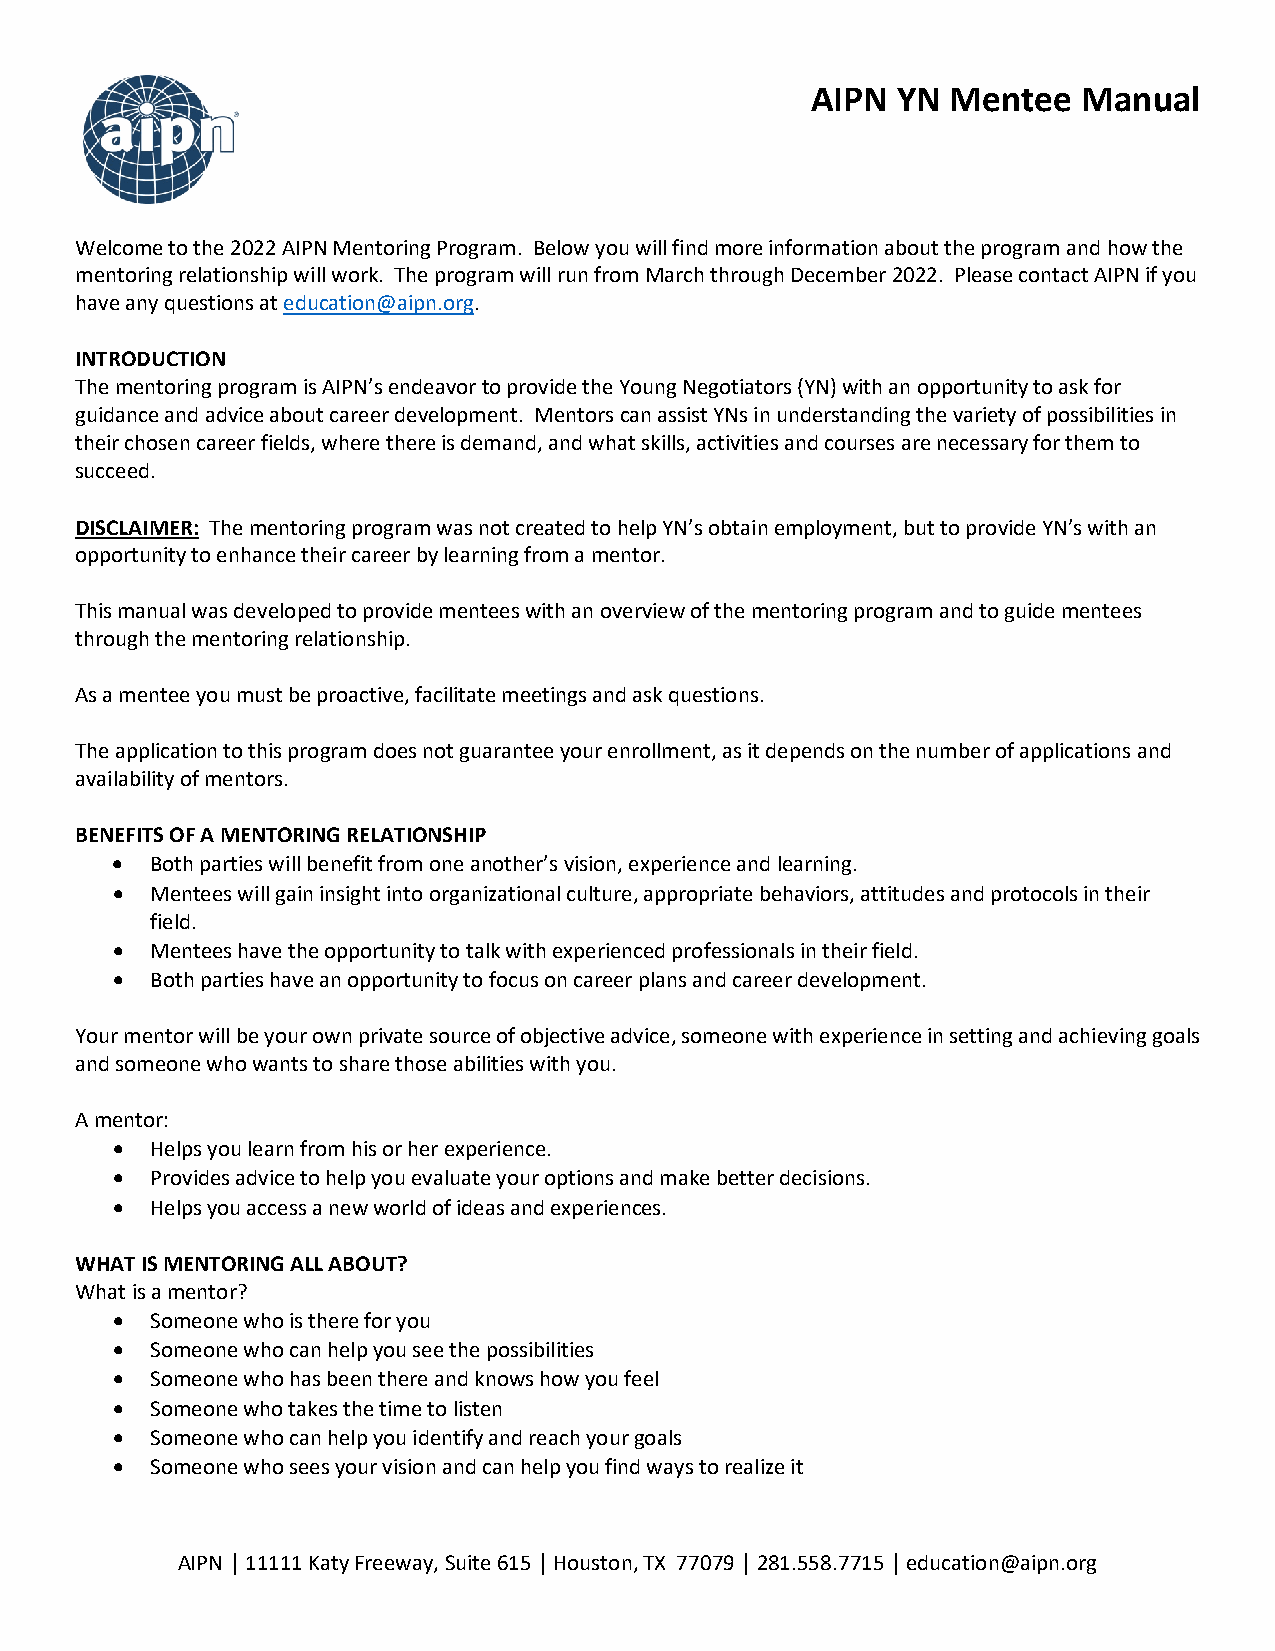
AIPN YN  Mentee   Manual
 Welcome to the 2022 AIPN Mentoring Program. Below you will find more information about the program and how the
 mentoring relationship will work. The program will run from March through December 2022. Please contact AIPN if you
 have any questions at education@aipn.org.
 INTRODUCTION
 The mentoring program is AIPN’s endeavor to provide the Young Negotiators (YN) with an opportunity to ask for
 guidance and advice about career development. Mentors can assist YNs in understanding the variety of possibilities in
 their chosen career fields, where there is demand, and what skills, activities and courses are necessary for them to
 succeed.
 DISCLAIMER: The mentoring program was not created to help YN’s obtain employment, but to provide YN’s with an
 opportunity to enhance their career by learning from a mentor.
 This manual was developed to provide mentees with an overview of the mentoring program and to guide mentees
 through the mentoring relationship.
 As a mentee you must be proactive, facilitate meetings and ask questions.
 The application to this program does not guarantee your enrollment, as it depends on the number of applications and
 availability of mentors.
 BENEFITS OF A MENTORING RELATIONSHIP
 •  Both parties will benefit from one another’s vision, experience and learning.
 •  Mentees will gain insight into organizational culture, appropriate behaviors, attitudes and protocols in their
 field.
 •  Mentees have the opportunity to talk with experienced professionals in their field.
 •  Both parties have an opportunity to focus on career plans and career development.
 Your mentor will be your own private source of objective advice, someone with experience in setting and achieving goals
 and someone who wants to share those abilities with you.
 A mentor:
 •  Helps you learn from his or her experience.
 •  Provides advice to help you evaluate your options and make better decisions.
 •  Helps you access a new world of ideas and experiences.
 WHAT IS MENTORING ALL ABOUT?
 What is a mentor?
 •  Someone who is there for you
 •  Someone who can help you see the possibilities
 •  Someone who has been there and knows how you feel
 •  Someone who takes the time to listen
 •  Someone who can help you identify and reach your goals
 •  Someone who sees your vision and can help you find ways to realize it
 AIPN │ 11111 Katy Freeway, Suite 615 │ Houston, TX 77079 │ 281.558.7715 │ education@aipn.org